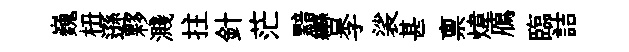
巍杻遜夥濺拄針茫黯轡李裟甚禀煒鴈臨詰